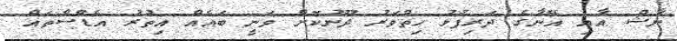
ނާޝް އާއި އޭނާގެ ދަރިފުޅު ހިތްވަރު ދޫނުކޮށް ވަނީ ބައެއް އިތުރު އެޑްސްތައް